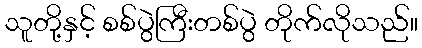
သူတို့နှင့် စစ်ပွဲကြီးတစ်ပွဲ တိုက်လိုသည်။